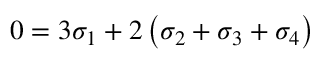
0 = 3 \sigma _ { 1 } + 2 \left( \sigma _ { 2 } + \sigma _ { 3 } + \sigma _ { 4 } \right)